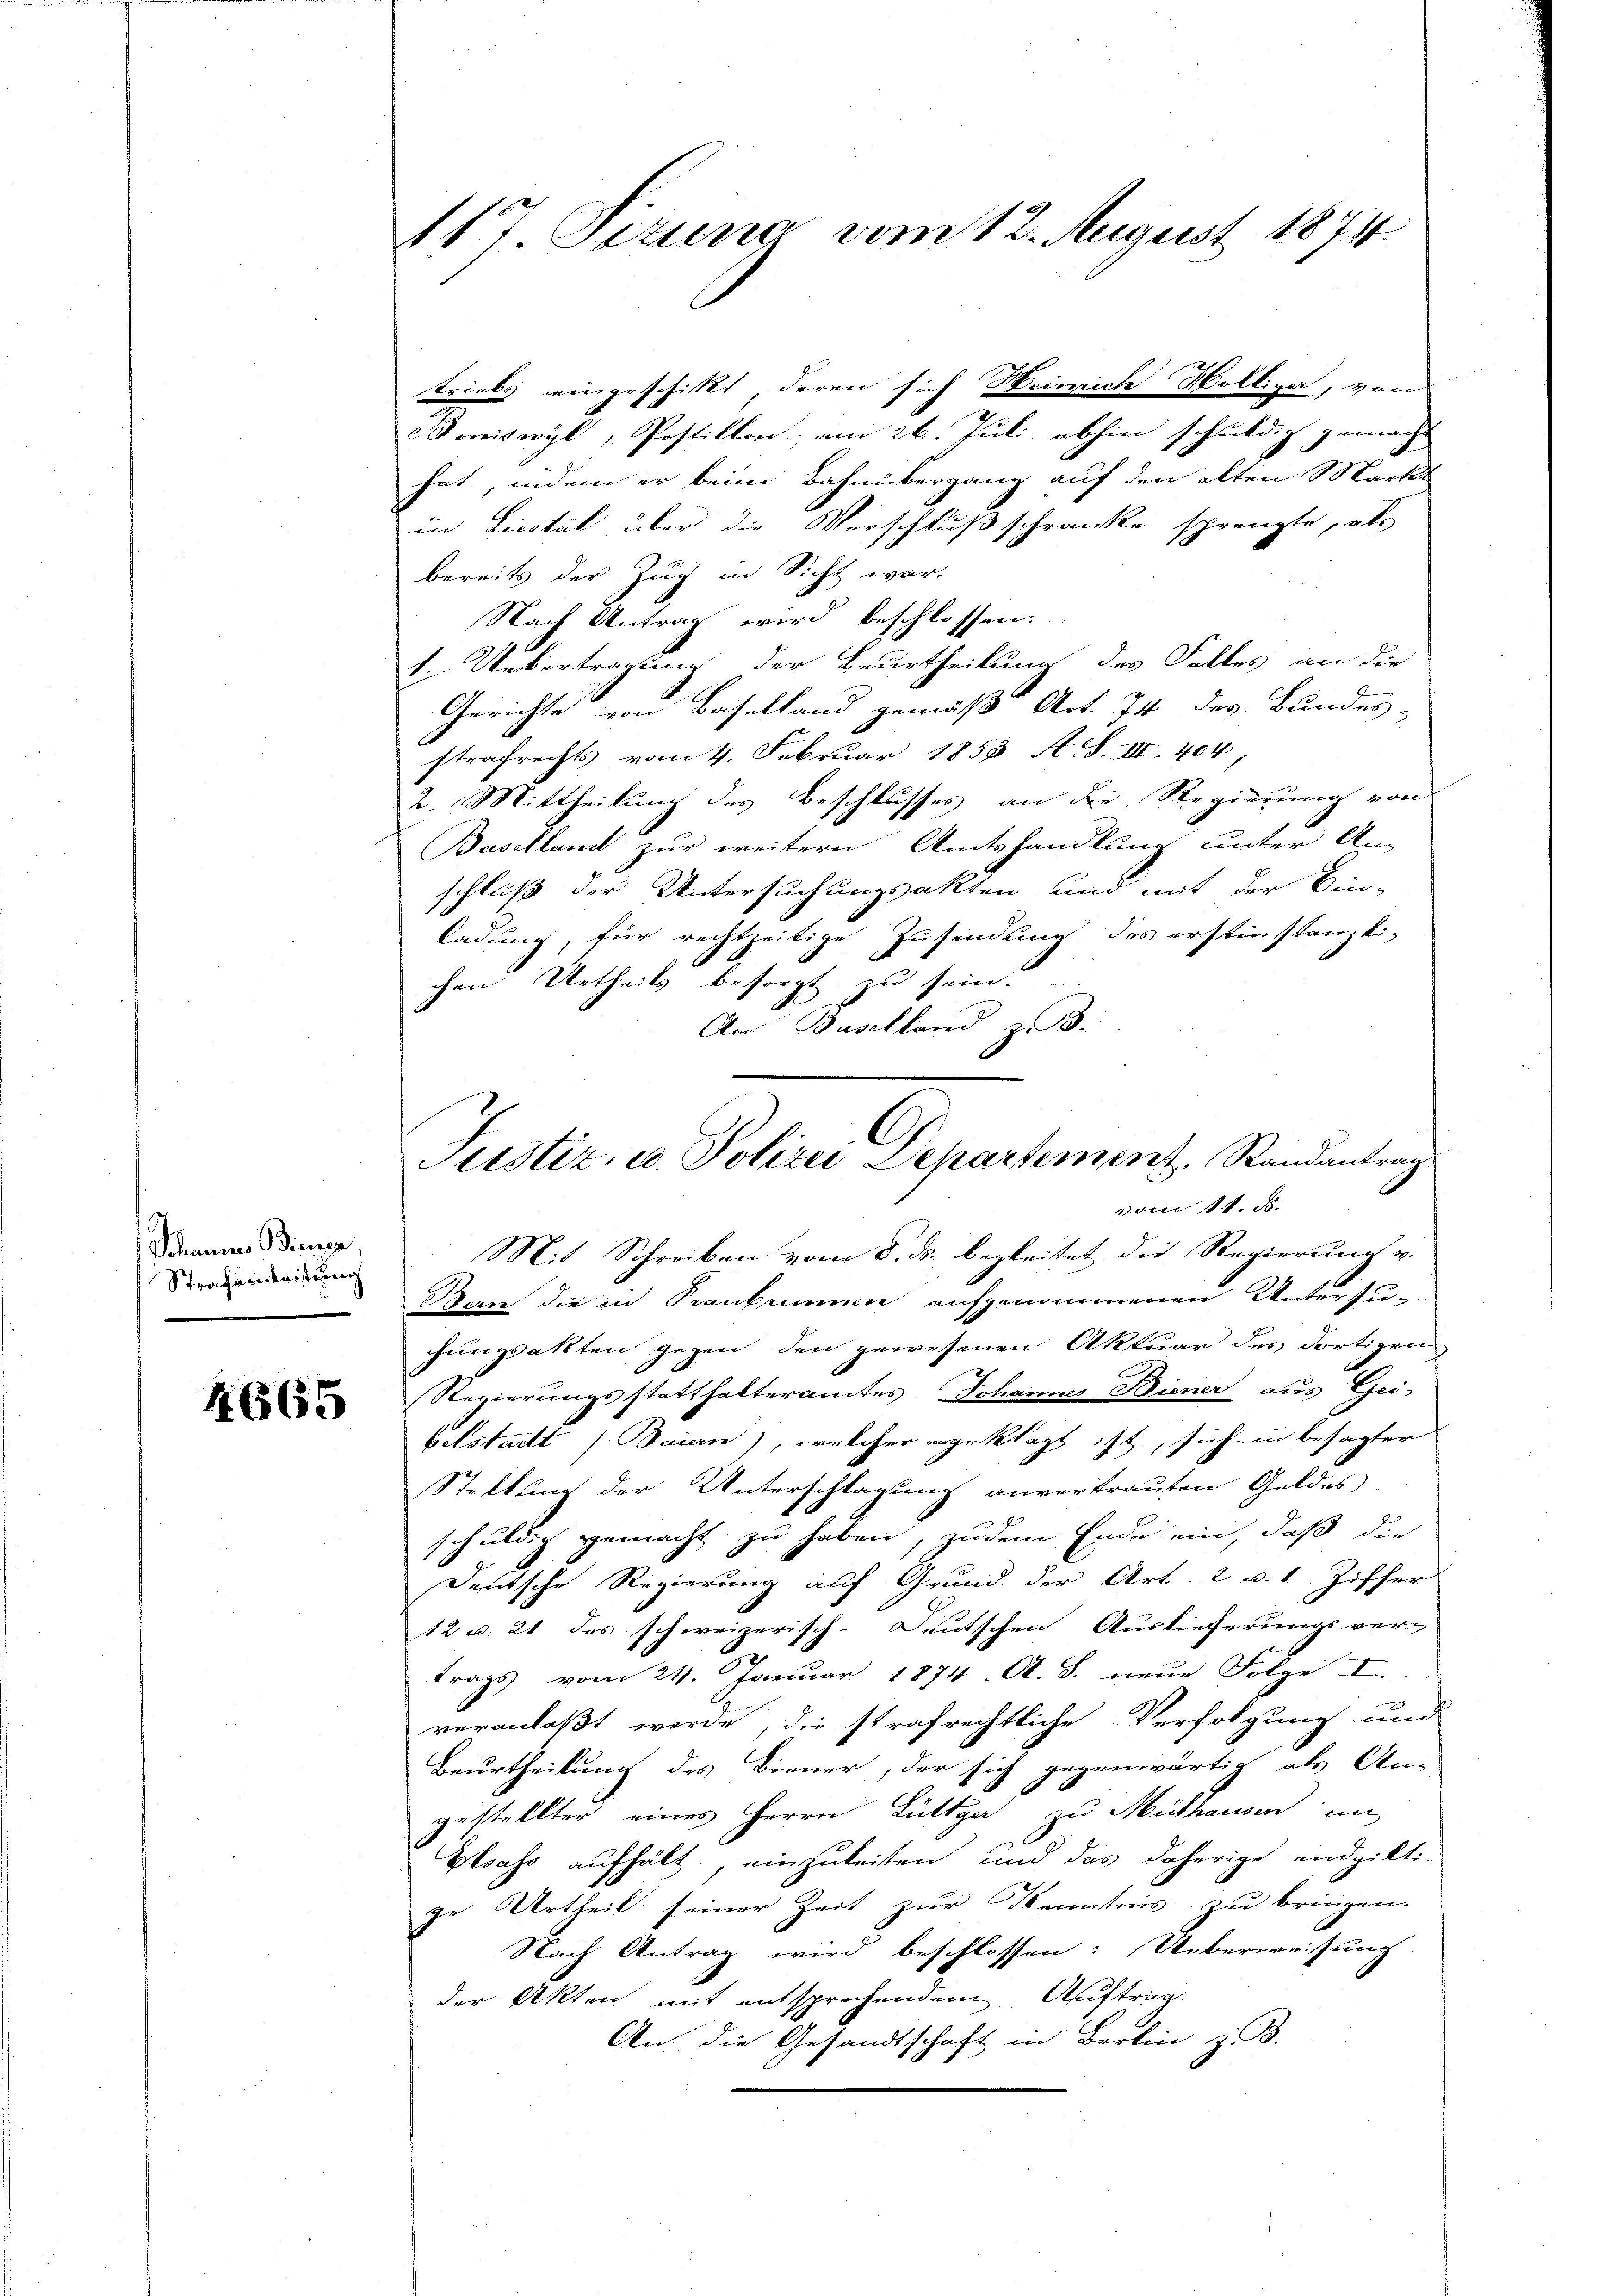
Johannes Bienen,
Strafainleitung

4665

117 Sizung vom 12. August 1874.

triebs eingeschickt, deren sich Heinrich Holliza, von
Bonisovyl „Postillon, am 26. Juli abhin schuldig gemacht
hat, indem er beim Bahnübergang auf den alten Martik
in Liestal über die Verschluß schränke sprengte, als
bereits der Zug in Sicht war.
Nach Antrag wird beschlossen.
1. Uebertragung der Beurtheilung des Falles an die
Gerichte von Baselland gemäß Art. 74 des Bundes-
strafrechts vom 4. Februar 1858 A.S. III. 404;
2. Mittheilung des Beschlusses an die Regierung von
Baselland zur weitern Amtshandlung unter An-
schluß der Untersuchungsakten und mit der Bin-
ladung, für rechtzeitige Zusendung des erstinstanzli-
chen Urtheils besorgt zu sein.
Am Baselland z. B.

Justiz, u. Polizei Departement, Randantrag
2 te 1 ist. |

Mit Schreiben vom 8. ds. begleitet die Regierung v.
dan die in Krankamen aufgenommenen Untersuchungsakten gegen den gewesenen Aktuar des dortigen
Regierungsstatthalteramtes Johannes Diener aus Gei-
beitstatt (Baian), welcher angeklagt ist, sich in besagter
Stellung der Unterschlagung anvertrauten Geldes
schuldig gemacht zu haben, zudem Ende ein, daß die
Deutsche Regierung auf Grund der Art. 2 u. 1 Ziffer
12 u. 21 des schweizerisch-Deutschen Auslieferungsver-
trags vom 24. Januar 1874. A. S. neue Folge I.
veranlaßt werde, die strafrechtliche Verfolgung und
Beurtheilung des Biener, der sich gegenwärtig als An-
gestellter eines Herrn Lüttgar zu Mülhausen in
Elsass aufhält, einzuleiten und das daherige endgilti-
ge Urtheil seiner Zeit zur Kenntnis zu bringen.
Nach Antrag wird beschlossen: Ueberweisung
der Akten mit entsprechendem Auftrag
An die Gesandtschaft in Berlin z. B.